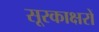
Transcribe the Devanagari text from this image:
सूरकाक्षरों